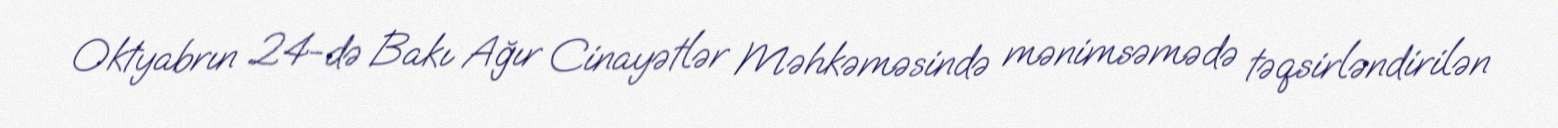
Oktyabrın 24-də Bakı Ağır Cinayətlər Məhkəməsində mənimsəmədə təqsirləndirilən